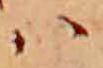
ハ